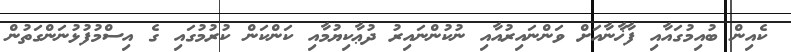
ކެއިން ބުއިމުގައާއި ފާޚާނާއަށް ވަންނައިރުއާއި ނުކުންނައިރު ދުޢާކިޔުމާއި ކަންކަން ކުރުމުގައި ގެ އިސްމުފުޅުނަންގަތުން